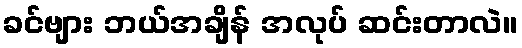
ခင်ဗျား ဘယ်အချိန် အလုပ် ဆင်းတာလဲ။